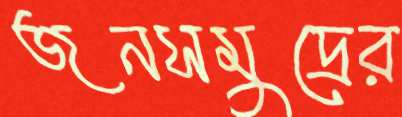
জনসমুদ্রের